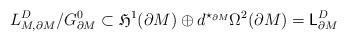
LaTeX: \begin{align*}{L}_{M,\partial M}^D/G_{\partial M}^0 \subset \mathfrak{H}^1(\partial M)\oplus d^{\star_{\partial M}}\Omega^2(\partial M)=\mathsf{L}_{\partial M}^D\end{align*}